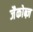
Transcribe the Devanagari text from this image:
जैकोब्ज़